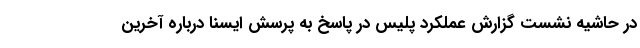
در حاشیه نشست گزارش عملکرد پلیس در پاسخ به پرسش ایسنا درباره آخرین